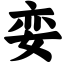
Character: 娈